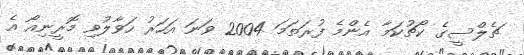
ޗެލްސީގެ ކޯޗުކަމާ އެންމެ ފުރަތަަމަ 2004 ވަނަ އަހަރު ހަވާލުވި މޮރީނިއޯ އެ